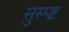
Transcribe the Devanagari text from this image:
सुस्प्ष्ट